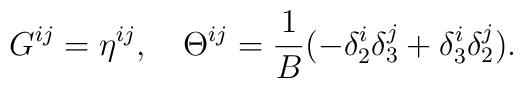
G^{ij}=\eta^{ij}, \ \ \  \Theta ^{ij} =\frac{1}{B}(-\delta^i_2\delta^j_3 +\delta^i_3\delta^j_2).